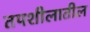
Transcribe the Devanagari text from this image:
तपशीलातील